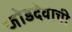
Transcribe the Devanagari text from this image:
जोडदेवाची